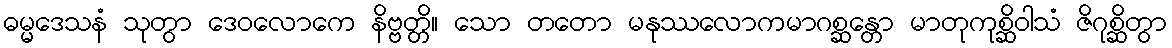
ဓမ္မဒေသနံ သုတွာ ဒေဝလောကေ နိဗ္ဗတ္တိ။ သော တတော မနုဿလောကမာဂစ္ဆန္တော မာတုကုစ္ဆိဝါသံ ဇိဂုစ္ဆိတွာ